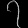
Digit: ၇